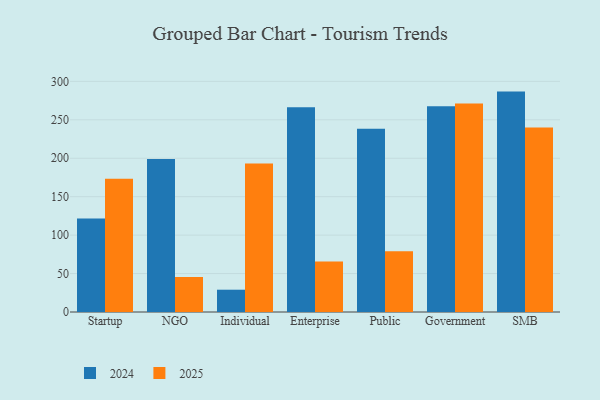
{"axis": {"x": "Segment", "y": "Bounce Rate (%)"}, "legend": ["2024", "2025"], "data": [{"x": "Startup", "y": 121.7, "type": "2024"}, {"x": "Startup", "y": 173.4, "type": "2025"}, {"x": "NGO", "y": 199.0, "type": "2024"}, {"x": "NGO", "y": 45.5, "type": "2025"}, {"x": "Individual", "y": 29.0, "type": "2024"}, {"x": "Individual", "y": 193.3, "type": "2025"}, {"x": "Enterprise", "y": 266.2, "type": "2024"}, {"x": "Enterprise", "y": 65.8, "type": "2025"}, {"x": "Public", "y": 238.4, "type": "2024"}, {"x": "Public", "y": 79.0, "type": "2025"}, {"x": "Government", "y": 267.7, "type": "2024"}, {"x": "Government", "y": 271.2, "type": "2025"}, {"x": "SMB", "y": 286.7, "type": "2024"}, {"x": "SMB", "y": 240.1, "type": "2025"}]}